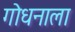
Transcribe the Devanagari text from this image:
गोधनाला